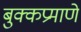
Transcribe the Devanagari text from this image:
बुक्कप्रमाणे